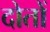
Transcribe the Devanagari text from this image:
दोतों